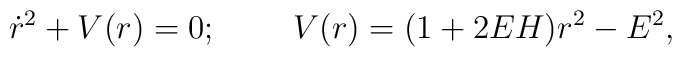
\dot{r}^2+V(r)=0;\;\;\;\;\;\;\;\;V(r)=(1+2EH)r^2-E^2,